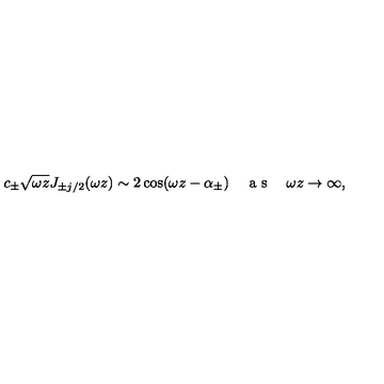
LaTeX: c _ { \pm } \sqrt { \omega z } J _ { \pm j / 2 } ( \omega z ) \sim 2 \cos ( \omega z - \alpha _ { \pm } ) \textrm { \quad a s \quad } \omega z \to \infty ,